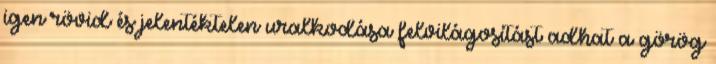
igen rövid és jelentéktelen uralkodása felvilágosítást adhat a görög